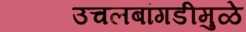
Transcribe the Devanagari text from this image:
उचलबांगडीमुळे